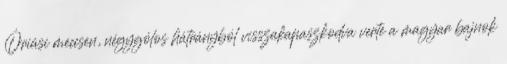
Óriási meccsen, négygólos hátrányból visszakapaszkodva verte a magyar bajnok